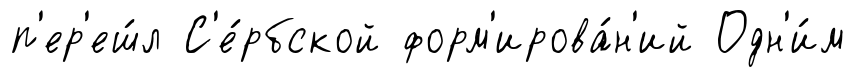
п'ер'еш́л С'е́рбской форм'ирова́н'ий Одн'и́м